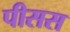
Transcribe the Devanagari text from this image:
पीसस